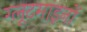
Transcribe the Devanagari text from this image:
ग्लूटमाइनों